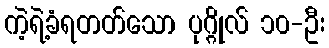
ကဲ့ရဲ့ခံရတတ်သော ပုဂ္ဂိုလ် ၁၀-ဦး